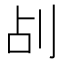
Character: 㓠